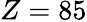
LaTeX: Z=85